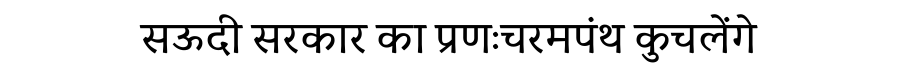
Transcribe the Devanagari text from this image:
सऊदी सरकार का प्रणःचरमपंथ कुचलेंगे